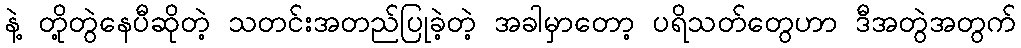
နဲ့ တို့တွဲနေပီဆိုတဲ့ သတင်းအတည်ပြုခဲ့တဲ့ အခါမှာတော့ ပရိသတ်တွေဟာ ဒီအတွဲအတွက်